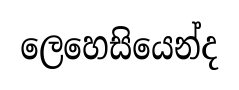
ලෙහෙසියෙන්ද